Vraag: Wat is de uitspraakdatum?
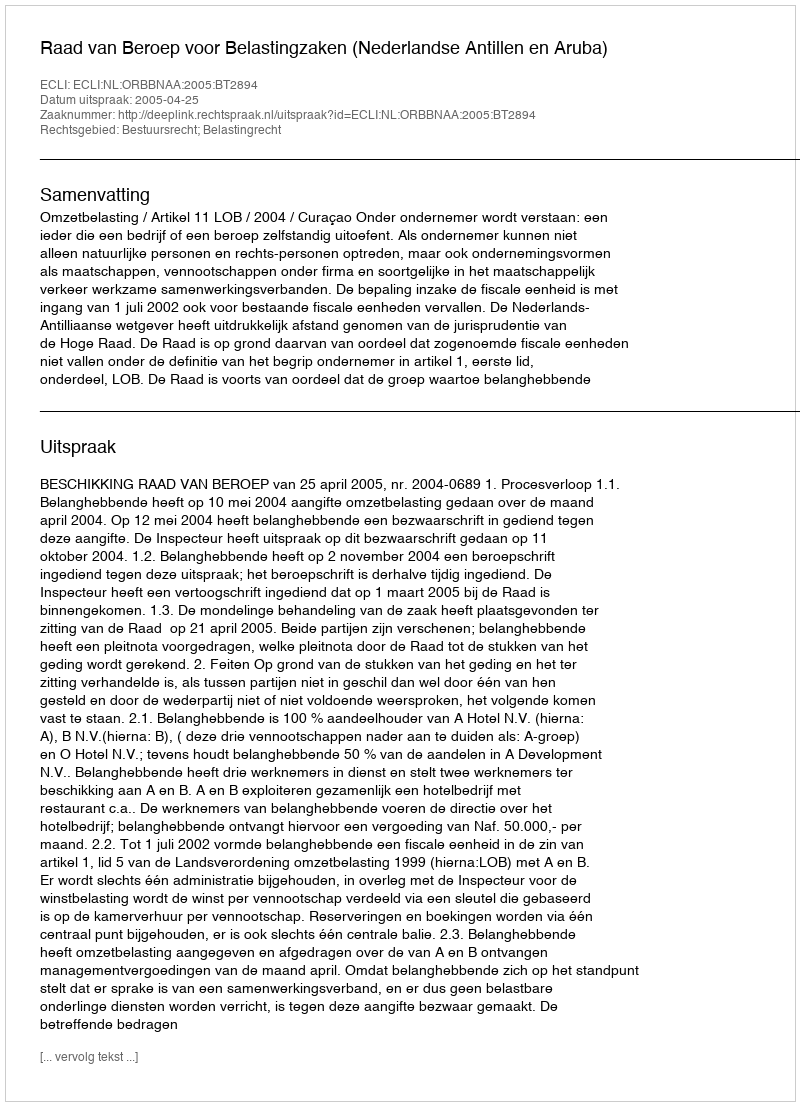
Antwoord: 2005-04-25